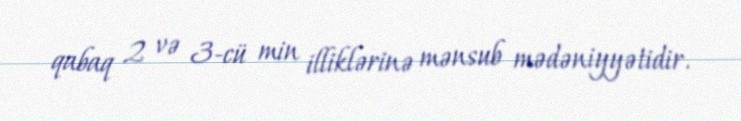
qabaq 2 və 3-cü min illiklərinə mənsub mədəniyyətidir.